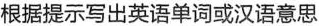
根据提示写出英语单词或汉语意思